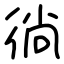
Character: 徜